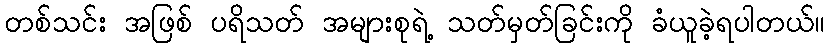
တစ်သင်း အဖြစ် ပရိသတ် အများစုရဲ့ သတ်မှတ်ခြင်းကို ခံယူခဲ့ရပါတယ်။